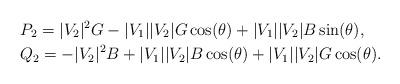
LaTeX: \begin{align*}& P_2 = |V_2|^2 G - |V_1| |V_2| G \cos(\theta) + |V_1| |V_2| B \sin (\theta) , \\& Q_2 = -|V_2|^2 B + |V_1| |V_2| B \cos(\theta) + |V_1| |V_2| G \cos(\theta). \end{align*}